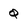
Character: Q